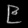
Digit: ၉